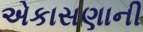
એકાસણાની